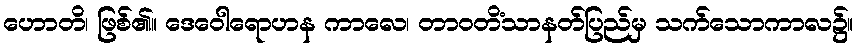
ဟောတိ၊ ဖြစ်၏။ ဒေဝေါရောဟန ကာလေ၊ တာဝတိံသာနတ်ပြည်မှ သက်သောကာလ၌။